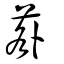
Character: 䓘